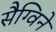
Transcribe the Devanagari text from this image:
सैग्विने